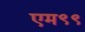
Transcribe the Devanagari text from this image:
एम९९